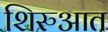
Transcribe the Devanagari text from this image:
शिरुआत